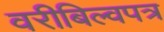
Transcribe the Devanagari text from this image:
वरीबिल्वपत्र